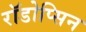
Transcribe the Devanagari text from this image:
रॉडोप्सिन